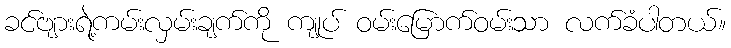
ခင်ဗျားရဲ့ကမ်းလှမ်းချက်ကို ကျုပ် ဝမ်းမြောက်ဝမ်းသာ လက်ခံပါတယ်။